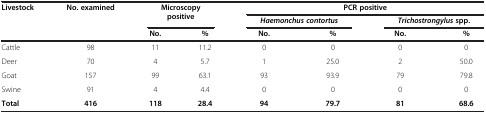
<table><thead><tr><td rowspan="3"><b>Livestock</b></td><td rowspan="3"><b>No. examined</b></td><td rowspan="2" colspan="2"><b>Microscopy positive</b></td><td colspan="4"><b>PCR positive</b></td></tr><tr><td colspan="2"><b><i>Haemonchus contortus</i></b></td><td colspan="2"><b><i>Trichostrongylus </i>spp.</b></td></tr><tr><td><b>No.</b></td><td><b>%</b></td><td><b>No.</b></td><td><b>%</b></td><td><b>No.</b></td><td><b>%</b></td></tr></thead><tbody><tr><td>Cattle</td><td>98</td><td>11</td><td>11.2</td><td>0</td><td>0</td><td>0</td><td>0</td></tr><tr><td>Deer</td><td>70</td><td>4</td><td>5.7</td><td>1</td><td>25.0</td><td>2</td><td>50.0</td></tr><tr><td>Goat</td><td>157</td><td>99</td><td>63.1</td><td>93</td><td>93.9</td><td>79</td><td>79.8</td></tr><tr><td>Swine</td><td>91</td><td>4</td><td>4.4</td><td>0</td><td>0</td><td>0</td><td>0</td></tr><tr><td><b>Total</b></td><td><b>416</b></td><td><b>118</b></td><td><b>28.4</b></td><td><b>94</b></td><td><b>79.7</b></td><td><b>81</b></td><td><b>68.6</b></td></tr></tbody></table>